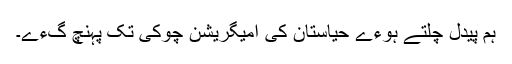
ہم پیدل چلتے ہوءے حیاستان کی امیگریشن چوکی تک پہنچ گءے۔